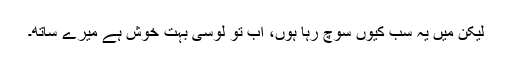
لیکن میں یہ سب کیوں سوچ رہا ہوں، اب تو لوسی بہت خوش ہے میرے ساتھ۔